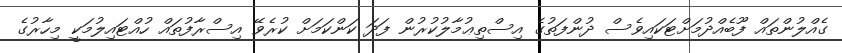
ގެއްލުންތައް ފޫބެއްދުމަށްޓަކައިވެސް ދުންފަތުގެ އިސްތިޢުމާލުކުރުން ފަދަ ކަންކަމަށް ކުރެވޭ އިސްރާފުތައް ހުއްޓައިލުމަކީ މިހާރުގެ